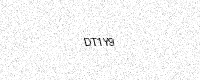
Text: DT1Y9